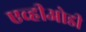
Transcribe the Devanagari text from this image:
एव्हीओडी